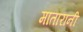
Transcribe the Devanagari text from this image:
मातारानी